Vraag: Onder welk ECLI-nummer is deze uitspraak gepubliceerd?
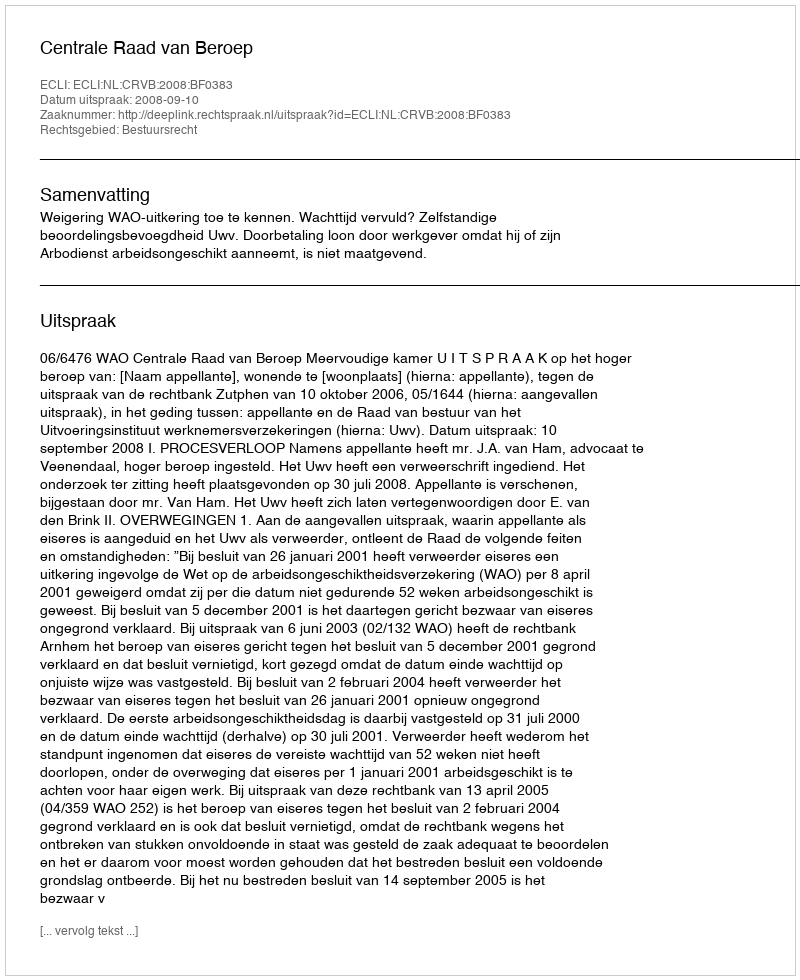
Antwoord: ECLI:NL:CRVB:2008:BF0383